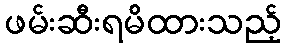
ဖမ်းဆီးရမိထားသည့်